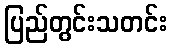
ပြည်တွင်းသတင်း